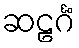
ဆဠင်္ဂံ